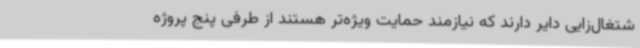
شتغال‌زایی دایر دارند که نیازمند حمایت ویژه‌تر هستند از طرفی پنج پروژه